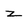
Character: z